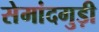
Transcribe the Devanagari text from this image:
सेमांदगुड़ी